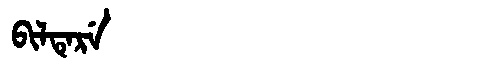
Manchu: ᠪᡳᠯᡨᡝᡵᡝ
Romanization: BILTERE